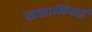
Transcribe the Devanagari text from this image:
ससानियाई